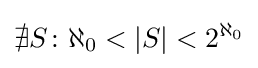
\nexists S\colon \aleph _{0}<|S|<2^{\aleph _{0}}